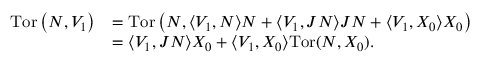
\begin{array} { r l } { \mathrm { T o r } \left( N , V _ { 1 } \right) } & { = \mathrm { T o r } \left( N , \langle V _ { 1 } , N \rangle N + \langle V _ { 1 } , J N \rangle J N + \langle V _ { 1 } , X _ { 0 } \rangle X _ { 0 } \right) } \\ & { = \langle V _ { 1 } , J N \rangle X _ { 0 } + \langle V _ { 1 } , X _ { 0 } \rangle \mathrm { T o r } ( N , X _ { 0 } ) . } \end{array}